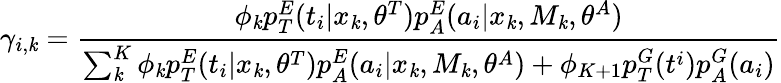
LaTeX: \gamma_{i,\mathit{k}}=\frac{{\phi_{\mathit{k}}p_{T}^{E}(t_{i}|x_{\mathit{k}},\theta^{T})p_{A}^{E}(a_{i}|x_{\mathit{k}},M_{\mathit{k}},\theta^{A})}}{{{\sum_{\mathit{k}}^{K}\phi_{\mathit{k}}p_{T}^{E}(t_{i}|x_{\mathit{k}},\theta^{T})p_{A}^{E}(a_{i}|x_{\mathit{k}},M_{\mathit{k}},\theta^{A})+\phi_{K+1}p_{T}^{G}(t^{i})p_{A}^{G}(a_{i})}}}